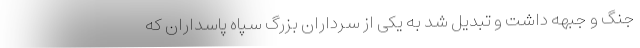
جنگ و جبهه داشت و تبدیل شد به یکی از سرداران بزرگ سپاه پاسداران که